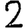
Digit: 2